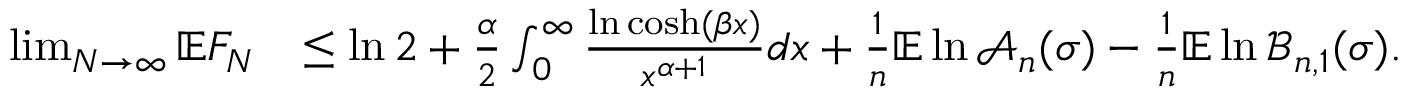
\begin{array} { r l } { \operatorname* { l i m } _ { N \to \infty } \mathbb E F _ { N } } & { \leq \ln 2 + \frac { \alpha } { 2 } \int _ { 0 } ^ { \infty } \frac { \ln \cosh ( \beta x ) } { x ^ { \alpha + 1 } } d x + \frac { 1 } { n } \mathbb E \ln \mathcal { A } _ { n } ( \sigma ) - \frac { 1 } { n } \mathbb E \ln \mathcal { B } _ { n , 1 } ( \sigma ) . } \end{array}